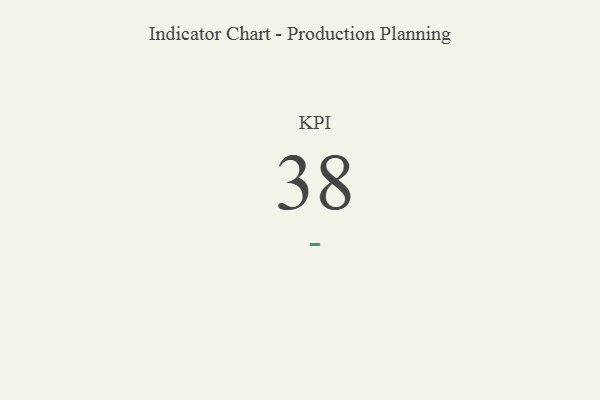
{"axis": {"x": "KPI", "y": "Value"}, "legend": [""], "data": [{"x": "KPI", "y": 38, "type": ""}]}